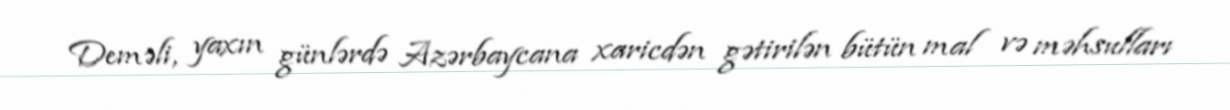
Deməli, yaxın günlərdə Azərbaycana xaricdən gətirilən bütün mal və məhsulları